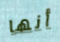
أنها